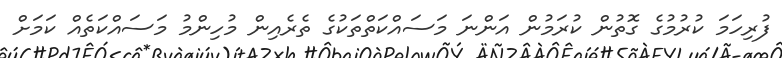
ފުރިހަމަ ކުރުމުގެ ގޮތުން ކުރަމުން އަންނަ މަސައްކަތްތަކުގެ ތެރެއިން މުހިންމު މަސައްކަތެއް ކަމަށް